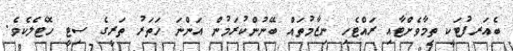
ބެއަރފުޓަކީ ތިމާވެށްޓާއި ރައްޓެހި ނިޒާމުތައް ބޭނުންކުރަމުން އަންނަ ހަތަރު ތަރީގެ ސިޓީ ހޮޓެލެކެވެ.